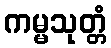
ကမ္မသုတ္တံ